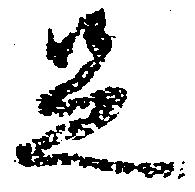
足